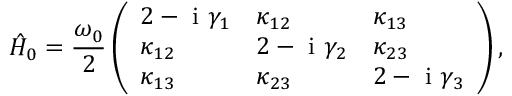
\hat { H } _ { 0 } = \frac { \omega _ { 0 } } { 2 } \left( \begin{array} { l l l } { 2 - \mathrm { ~ i ~ } \gamma _ { 1 } } & { \kappa _ { 1 2 } } & { \kappa _ { 1 3 } } \\ { \kappa _ { 1 2 } } & { 2 - \mathrm { ~ i ~ } \gamma _ { 2 } } & { \kappa _ { 2 3 } } \\ { \kappa _ { 1 3 } } & { \kappa _ { 2 3 } } & { 2 - \mathrm { ~ i ~ } \gamma _ { 3 } } \end{array} \right) ,